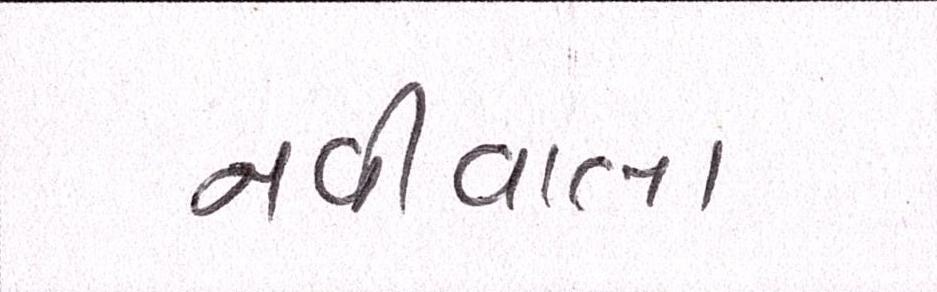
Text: નવીવાલા